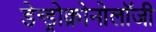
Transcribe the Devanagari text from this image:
डेन्ड्रोक्रोनोलॉजी